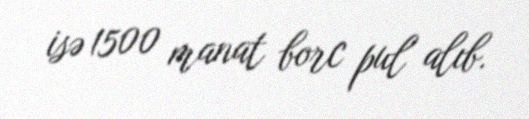
isə 1500 manat borc pul alıb.